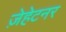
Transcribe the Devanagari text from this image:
ज़ेहेटनर